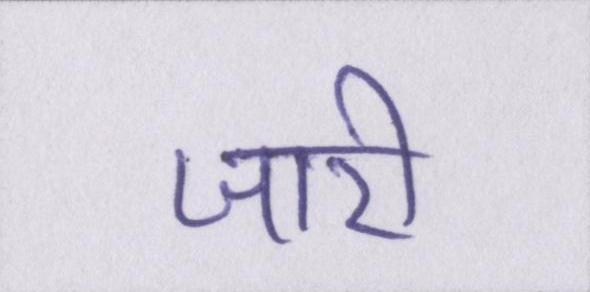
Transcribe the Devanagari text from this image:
जारी